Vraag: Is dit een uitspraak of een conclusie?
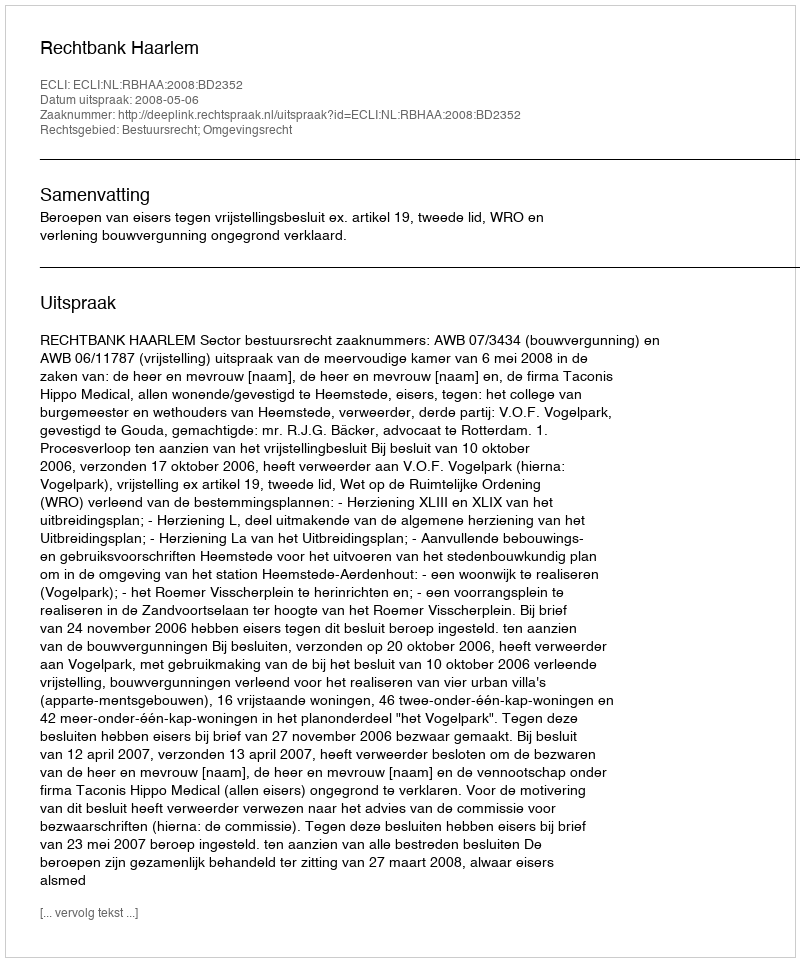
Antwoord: Uitspraak